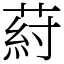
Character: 葤